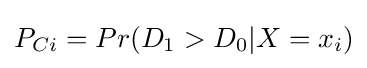
{\textstyle P_{Ci}=Pr(D_{1}>D_{0}|X=x_{i})}